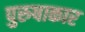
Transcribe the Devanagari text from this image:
पुरुषाकार